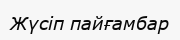
Жүсіп пайғамбар